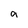
Character: a